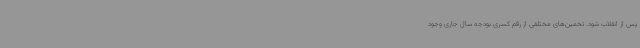
پس از انقلاب شود. تخمین‌های مختلفی از رقم کسری بودجه سال جاری وجود